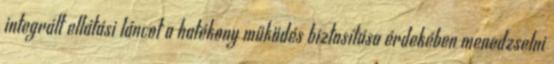
integrált ellátási láncot a hatékony működés biztosítása érdekében menedzselni